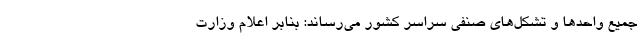
جمیع واحدها و تشکل‌های صنفی سراسر کشور می‌رساند: بنابر اعلام وزارت